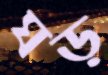
ঘড়